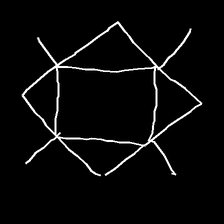
Glyph: light